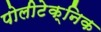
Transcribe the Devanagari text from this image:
पोलीटेक्निक